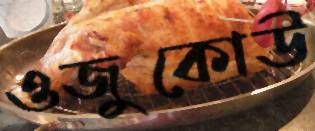
ওজুকোউ